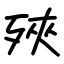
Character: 殎